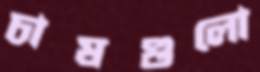
চাষগুলো